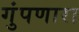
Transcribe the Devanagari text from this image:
गुंपणारा